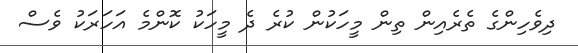
ދިވެހިންގެ ތެރެއިން ތިން މީހަކުން ކުރެ ދެ މީހަކު ކޮންމެ އަހަރަކު ވެސް